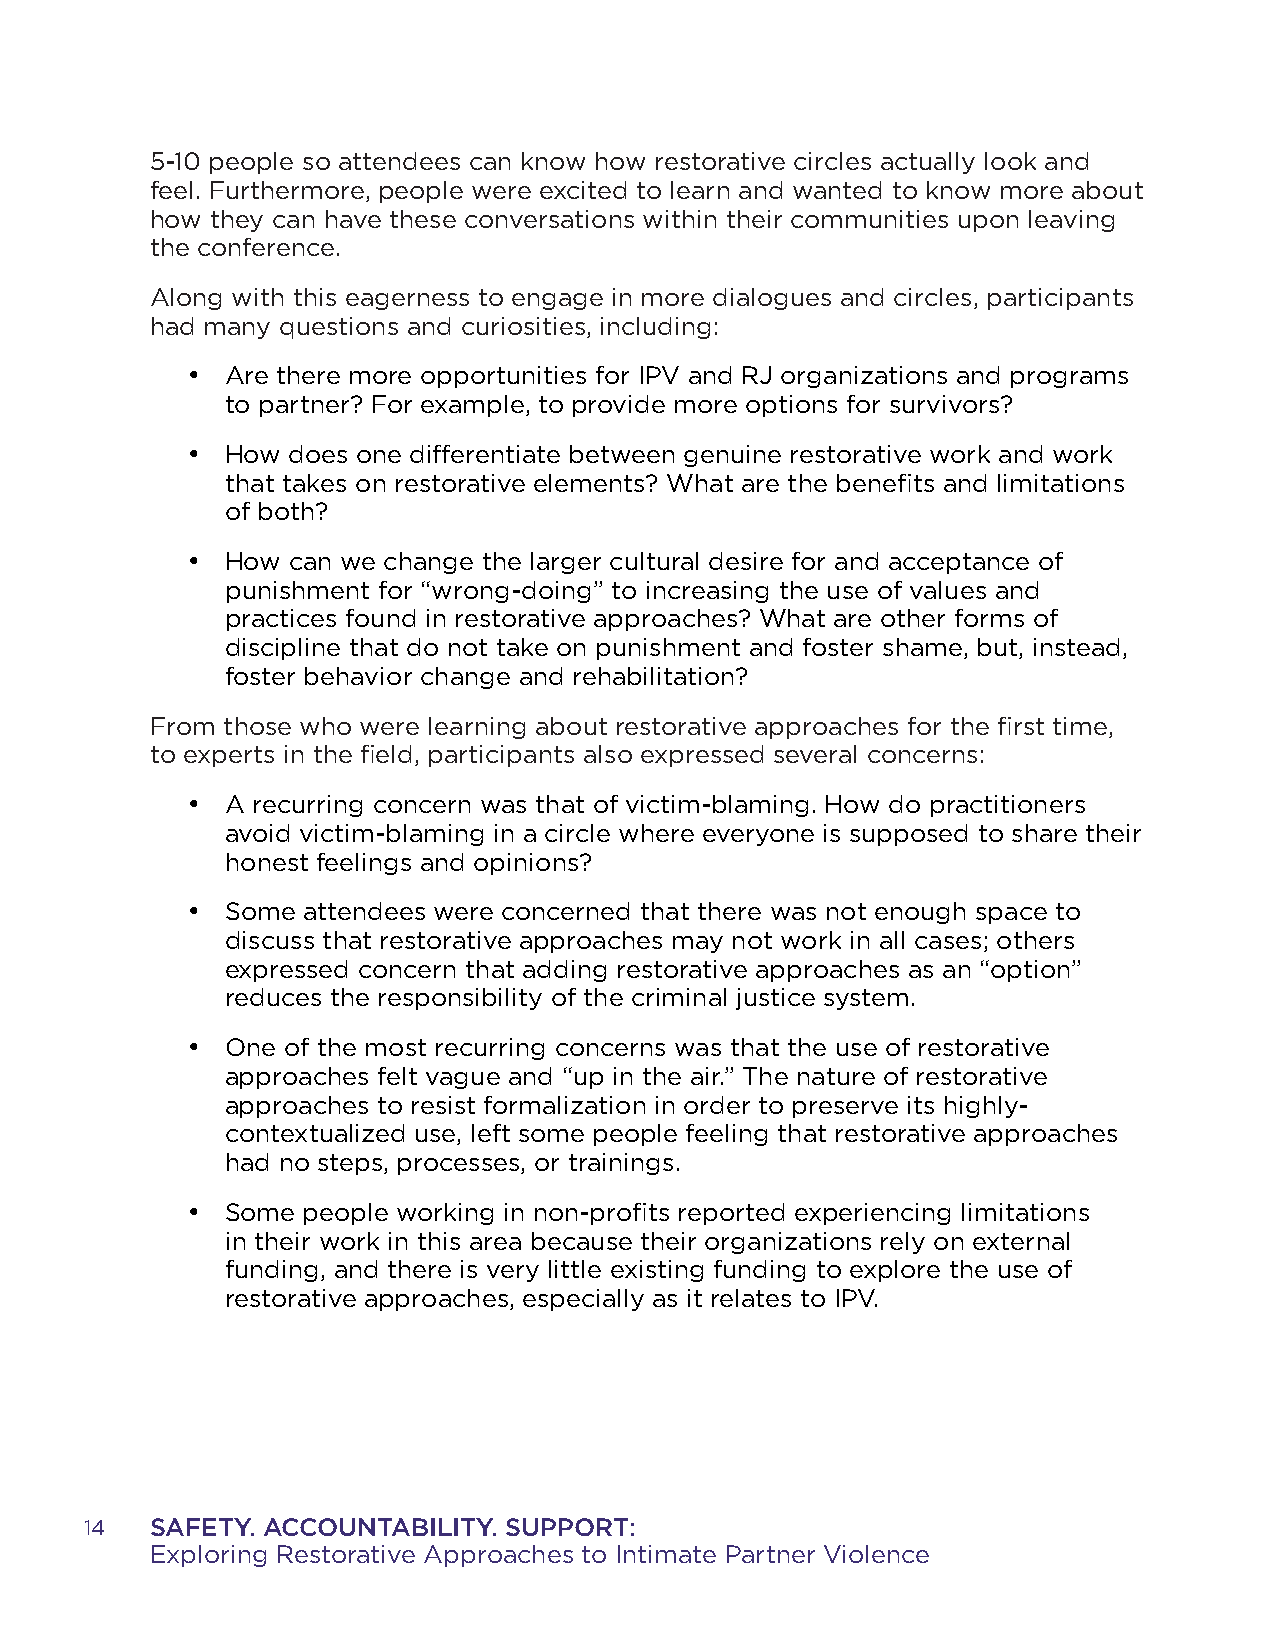
5-10 people so attendees can know how restorative circles actually look and
 feel. Furthermore, people were excited to learn and wanted to know more about
 how they can have these conversations within their communities upon leaving
 the conference.
 Along with this eagerness to engage in more dialogues and circles, participants
 had many questions and curiosities, including:
 •  Are there more opportunities for IPV and RJ organizations and programs
 to partner? For example, to provide more options for survivors?
 •  How does one differentiate between genuine restorative work and work
 that takes on restorative elements? What are the benefits and limitations
 of both?
 •  How can we change the larger cultural desire for and acceptance of
 punishment for “wrong-doing” to increasing the use of values and
 practices found in restorative approaches? What are other forms of
 discipline that do not take on punishment and foster shame, but, instead,
 foster behavior change and rehabilitation?
 From those who were learning about restorative approaches for the first time,
 to experts in the field, participants also expressed several concerns:
 •  A recurring concern was that of victim-blaming. How do practitioners
 avoid victim-blaming in a circle where everyone is supposed to share their
 honest feelings and opinions?
 •  Some attendees were concerned that there was not enough space to
 discuss that restorative approaches may not work in all cases; others
 expressed concern that adding restorative approaches as an “option”
 reduces the responsibility of the criminal justice system.
 •  One of the most recurring concerns was that the use of restorative
 approaches felt vague and “up in the air.” The nature of restorative
 approaches to resist formalization in order to preserve its highly-
 contextualized use, left some people feeling that restorative approaches
 had no steps, processes, or trainings.
 •  Some people working in non-profits reported experiencing limitations
 in their work in this area because their organizations rely on external
 funding, and there is very little existing funding to explore the use of
 restorative approaches, especially as it relates to IPV.
 14  SAFETY. ACCOUNTABILITY. SUPPORT:
 Exploring Restorative Approaches to Intimate Partner Violence